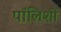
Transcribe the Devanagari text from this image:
पॉलिशों